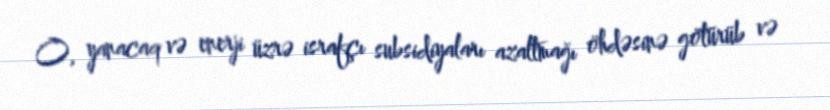
O, yanacaq və enerji üzrə israfçı subsidiyaları azaltmağı öhdəsinə götürüb və